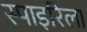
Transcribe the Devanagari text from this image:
स्पाइरिला